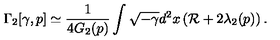
\Gamma _ { 2 } [ \gamma , p ] \simeq { \frac { 1 } { 4 G _ { 2 } ( p ) } } \int \sqrt { - \gamma } d ^ { 2 } x \left( { \cal R } + 2 \lambda _ { 2 } ( p ) \right) .